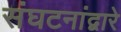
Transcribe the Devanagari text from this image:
संघटनांद्वारे